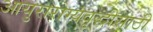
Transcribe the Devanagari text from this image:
आयुरारोग्यवृद्धीसाठी